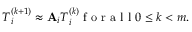
\boldsymbol { T } _ { i } ^ { ( k + 1 ) } \approx \mathbf { A } _ { i } \boldsymbol { T } _ { i } ^ { ( k ) } \mathrm { ~ f ~ o ~ r ~ a ~ l ~ l ~ } 0 \leq k < m .